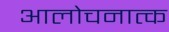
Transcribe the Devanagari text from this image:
आलोचनात्क